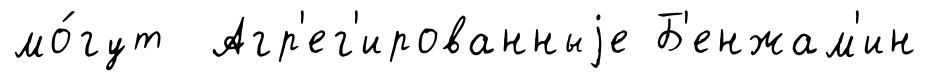
мо́гут Агр'ег'ированныjе Б'енжам'ин